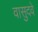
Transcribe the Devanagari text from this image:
वासुदवे